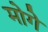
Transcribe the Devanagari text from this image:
मोगे